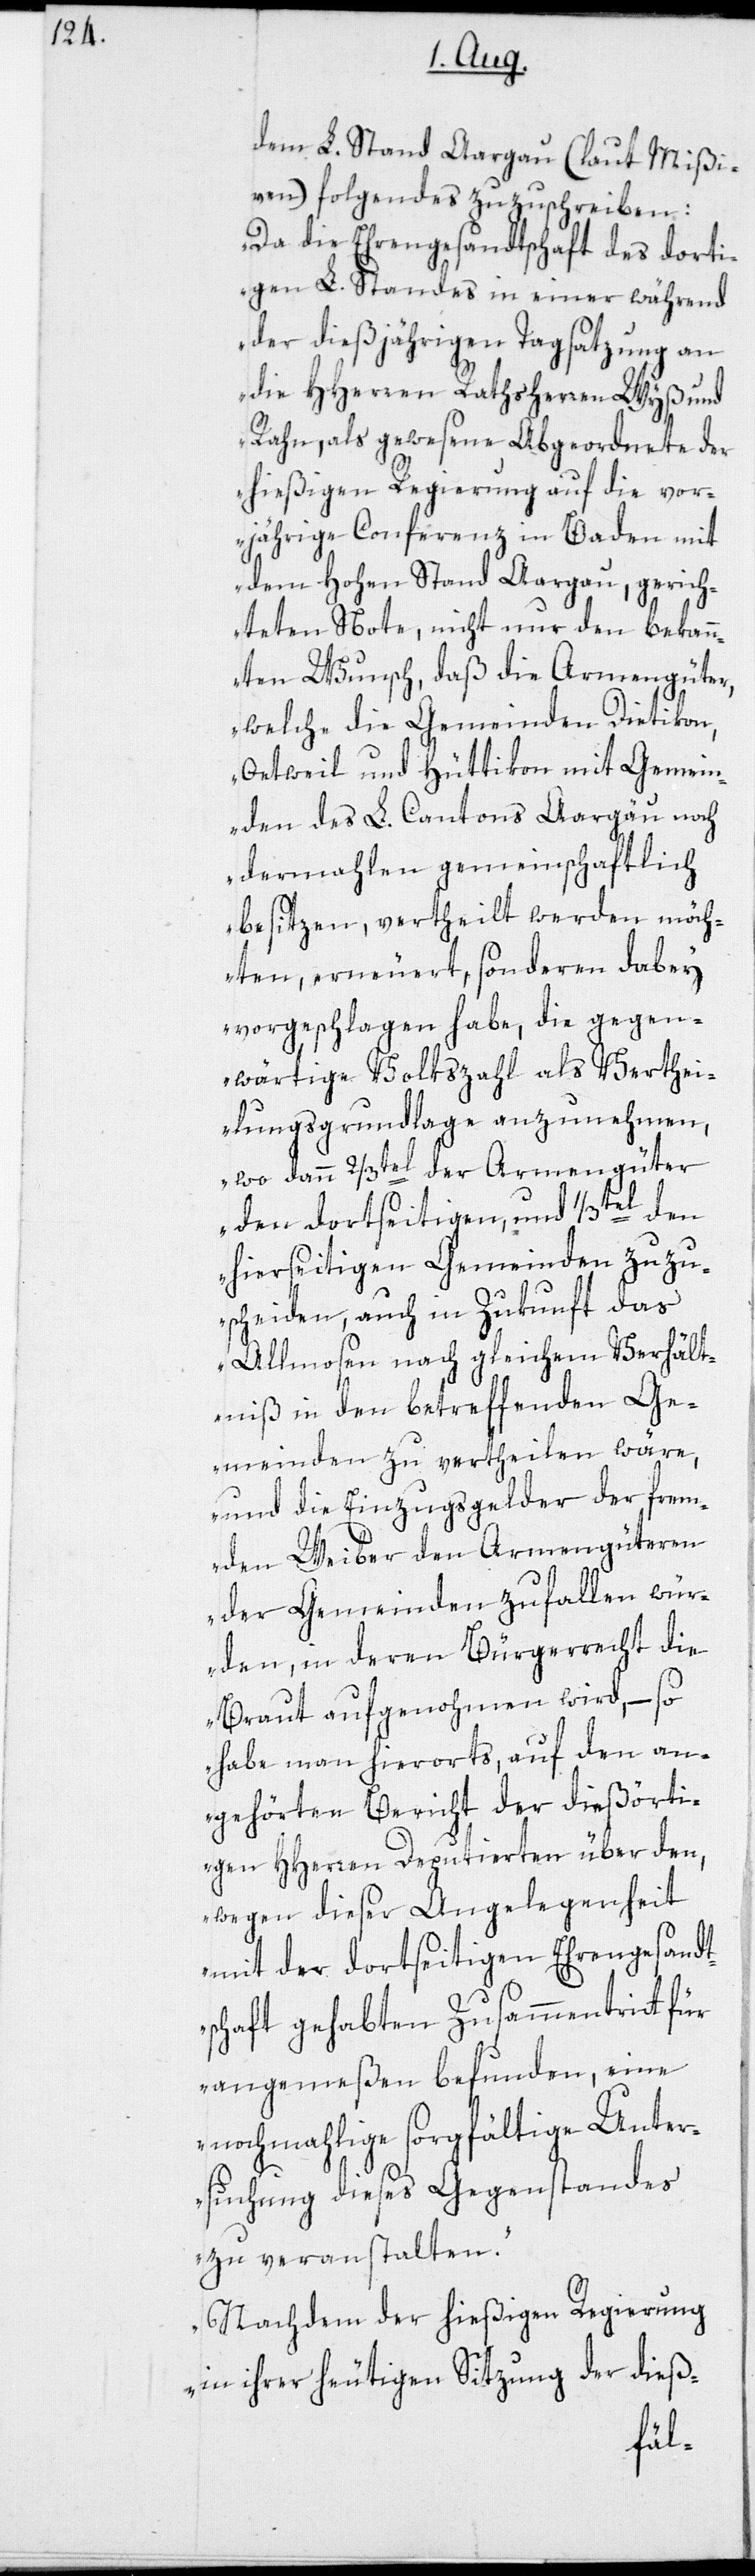
dem L. Stand Aargau (laut Mißi¬
ven) folgendes zuzuschreiben:
„Da die Ehrengesandtschaft des dorti¬
gen L. Standes in einer während
der dießjährigen Tagsatzung an
die HHerren Rathsherren Wyß und
Rahn, als gewesene Abgeordnete der
hießigen Regierung auf die vor¬
jährige Conferenz in Baden mit
dem Hohen Stand Aargau, gerich¬
teten Note, nicht nur den bekan¬
nten Wunsch, daß die Armengüter,
welche die Gemeinden Dietikon,
Oetweil und Hüttikon mit Gemein¬
den des L. Cantons Aargäu noch
dermahlen gemeinschaftlich
besitzen, vertheilt werden möch¬
ten, erneuert, sondern dabey
vorgeschlagen habe, die gegen¬
wärtige Volkszahl als Verthei¬
lungsgrundlage anzunehmen,
wo dann 2/3tel der Armengüter
den dortseitigen, und ¹/3tel den
hierseitigen Gemeinden zuzu¬
scheiden, auch in Zukunft das
Allmosen nach gleichem Verhält¬
niß in den betreffenden Ge¬
meinden zu vertheilen wäre,
und die Einzugsgelder der frem¬
den Weiber den Armengüteren
der Gemeinden zufallen wür¬
den, in deren Bürgerrecht die
Braut aufgenohmen wird, – so
habe man hierorts auf den an¬
gehörten Bericht der dießörti¬
gen HHerren Deputierten über den,
wegen dieser Angelegenheit
mit der dortseitigen Ehrengesandt¬
schaft gehabten Zusammentritt für
angemeßen befunden, eine
nochmahlige sorgfältige Unter¬
suchung dieses Gegenstandes
zu veranstalten.
Nachdem der hießigen Regierung
in ihrer heutigen Sitzung der dieß-